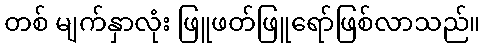
တစ် မျက်နှာလုံး ဖြူဖတ်ဖြူရော်ဖြစ်လာသည်။